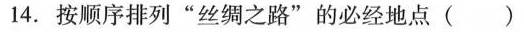
14.按顺序排列”丝绸之路”的必经地点(